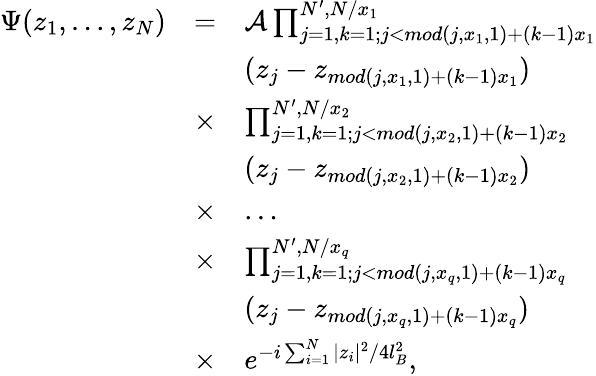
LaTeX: \begin{array}{lll}{\Psi(z_{1},\dots,z_{N})}&{=}&{{\cal{A}}\prod_{j=1,k=1;j<mod(j,x_{1},1)+(k-1)x_{1}}^{N^{\prime},N/x_{1}}}\\ &&{(z_{j}-z_{mod(j,x_{1},1)+(k-1)x_{1}})}\\ &{\times}&{\prod_{j=1,k=1;j<mod(j,x_{2},1)+(k-1)x_{2}}^{N^{\prime},N/x_{2}}}\\ &&{(z_{j}-z_{mod(j,x_{2},1)+(k-1)x_{2}})}\\ &{\times}&{\dots}\\ &{\times}&{\prod_{j=1,k=1;j<mod(j,x_{q},1)+(k-1)x_{q}}^{N^{\prime},N/x_{q}}}\\ &&{(z_{j}-z_{mod(j,x_{q},1)+(k-1)x_{q}})}\\ &{\times}&{e^{-i\sum_{i=1}^{N}|z_{i}|^{2}/4l_{B}^{2}},}\end{array}